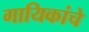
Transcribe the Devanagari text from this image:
गायिकांचे